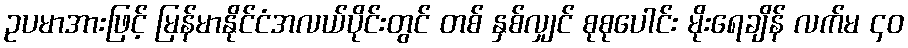
ဥပမာအားဖြင့် မြန်မာနိုင်ငံအလယ်ပိုင်းတွင် တစ် နှစ်လျှင် စုစုပေါင်း မိုးရေချိန် လက်မ ၄၀